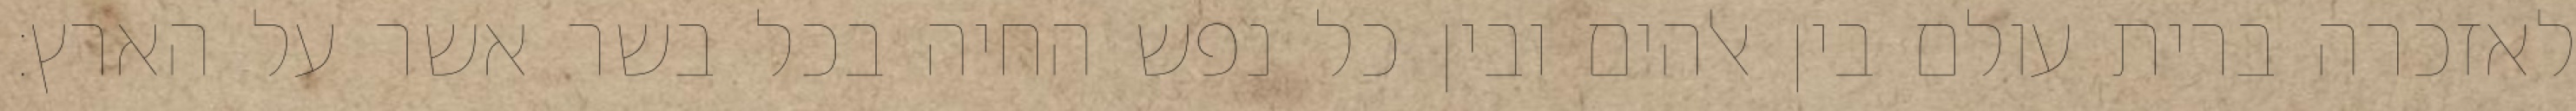
לאזכרה ברית עולם בין אלהים ובין כל נפש החיה בכל בשר אשר על הארץ׃